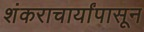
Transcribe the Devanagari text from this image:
शंकराचार्यांपासून